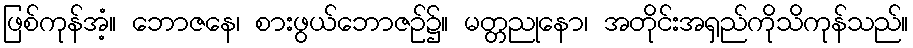
ဖြစ်ကုန်အံ့။ ဘောဇနေ၊ စားဖွယ်ဘောဇဉ်၌။ မတ္တညုနော၊ အတိုင်းအရှည်ကိုသိကုန်သည်။